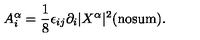
A _ { i } ^ { \alpha } = \frac { 1 } { 8 } \epsilon _ { i j } \partial _ { i } | X ^ { \alpha } | ^ { 2 } \mathrm { ( n o s u m ) } .